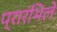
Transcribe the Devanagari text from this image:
प्रारंभिले